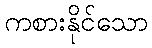
ကစားနိုင်သော